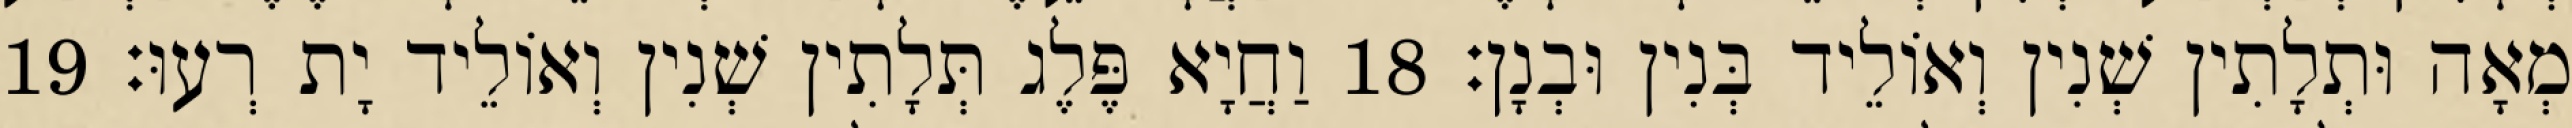
מְאָה וּתְלָתִין שְׁנִין וְאוֹלֵיד בְּנִין וּבְנָן׃ 18 וַחֲיָא פֶּלֶג תְּלָתִין שְׁנִין וְאוֹלֵיד יָת רְעוּ׃ 19